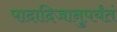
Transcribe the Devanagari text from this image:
पादादिजानुपर्यंतं